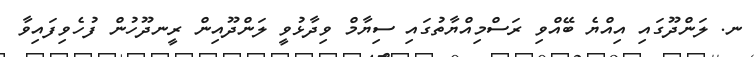
ނ. ލަންދޫގައި އިއްޔެ ބޭއްވި ރަސްމިއްޔާތުގައި ސިޔާމް ވިދާޅުވީ ލަންދޫއިން ރީނދޫހުން ފުހެވިފައިވާ